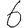
Digit: 6